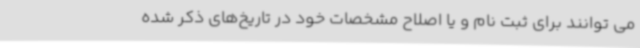
می توانند برای ثبت نام و یا اصلاح مشخصات خود در تاریخ‌های ذکر شده